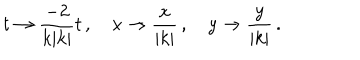
LaTeX: t \to { \frac { - 2 } { k | k | } } t \, , \, \, \, \, \, \, x \to { \frac { x } { | k | } } \, , \, \, \, \, \, \, y \to { \frac { y } { | k | } } \, .